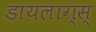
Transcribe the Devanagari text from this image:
डायलाग्स्